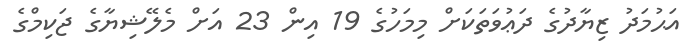
އަޙުމަދު ޒިޔާދުގެ ދަޢުވަތަކަށް މިމަހުގެ 19 އިން 23 އަށް މެލޭޝިޔާގެ ޖަކިމްގެ